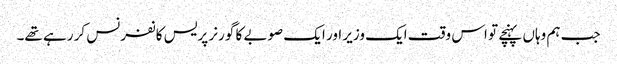
جب ہم وہاں پہنچے تو اس وقت ایک وزیر اور ایک صوبے کا گورنر پریس کانفرنس کر رہے تھے۔